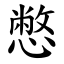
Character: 憋